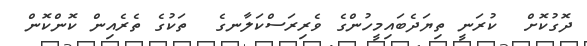
ދޮގުކޮށް  ކުރަނީ ތިޔަދެބައިމީހުންގެ ވެރިރަސްކަލާނގެ  ތަކުގެ ތެރެއިން ކޮންކޮން